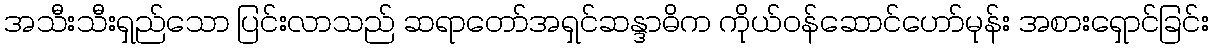
အသီးသီးရှည်သော ပြင်းလာသည် ဆရာတော်အရှင်ဆန္ဒာဓိက ကိုယ်ဝန်ဆောင်ဟော်မုန်း အစားရှောင်ခြင်း